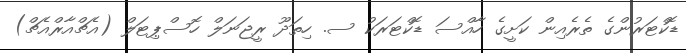
ޑޮކްޓަރުންގެ ތެރެއިން ކަށީގެ ހާއްސަ ޑޮކްޓަރަކު ސ. ހިތަދޫ ރީޖަނަލް ހޮސްޕިޓަލް (އެޗްއާރްއެޗް)